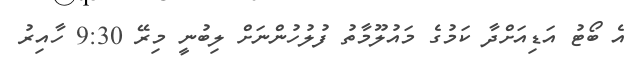
އެ ބޯޓު އަޑިއަށްދާ ކަމުގެ މައުލޫމާތު ފުލުހުންނަށް ލިބުނީ މިރޭ 9:30 ހާއިރު